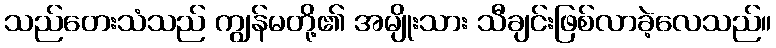
သည်တေးသံသည် ကျွန်မတို့၏ အမျိုးသား သီချင်းဖြစ်လာခဲ့လေသည်။